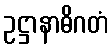
ဥဋ္ဌာနာဓိဂတံ